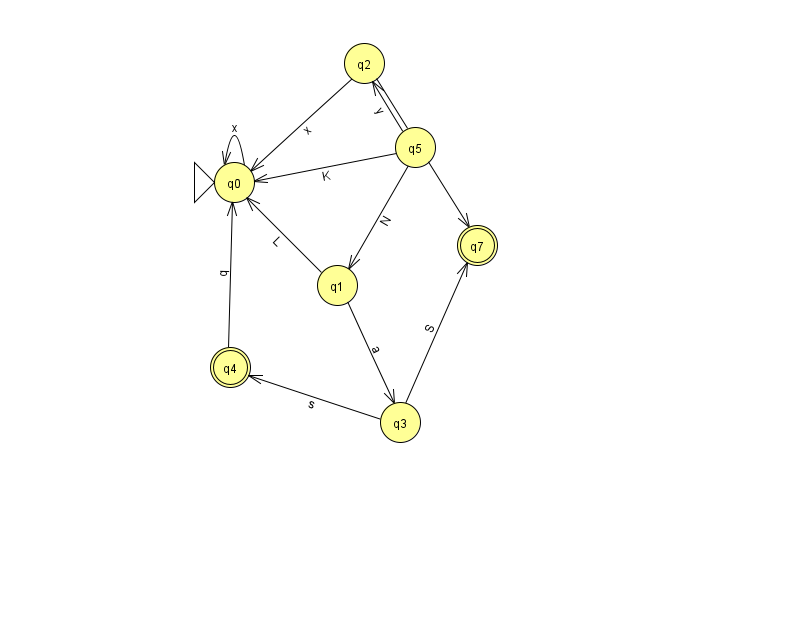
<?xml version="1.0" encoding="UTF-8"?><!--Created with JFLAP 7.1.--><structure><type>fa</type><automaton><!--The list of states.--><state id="0" name="q0"><x>234.0</x><y>169.0</y><initial/></state><state id="1" name="q1"><x>337.0</x><y>272.0</y></state><state id="2" name="q2"><x>364.0</x><y>50.0</y></state><state id="3" name="q3"><x>400.0</x><y>409.0</y></state><state id="4" name="q4"><x>230.0</x><y>354.0</y><final/></state><state id="5" name="q5"><x>415.0</x><y>134.0</y></state><state id="7" name="q7"><x>477.0</x><y>232.0</y><final/></state><!--The list of transitions.--><transition><from>1</from><to>0</to><read>L</read></transition><transition><from>3</from><to>4</to><read>s</read></transition><transition><from>4</from><to>0</to><read>q</read></transition><transition><from>5</from><to>1</to><read>N</read></transition><transition><from>0</from><to>0</to><read>x</read></transition><transition><from>2</from><to>7</to><read>b</read></transition><transition><from>2</from><to>0</to><read>x</read></transition><transition><from>3</from><to>7</to><read>S</read></transition><transition><from>1</from><to>3</to><read>a</read></transition><transition><from>5</from><to>0</to><read>K</read></transition><transition><from>5</from><to>2</to><read>y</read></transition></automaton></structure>